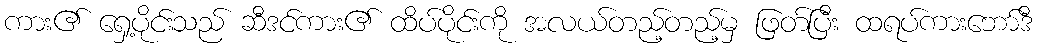
ကား၏ ရှေ့ပိုင်းသည် ဆီဒင်ကား၏ ထိပ်ပိုင်းကို အလယ်တည့်တည့်မှ ဖြတ်ပြီး ထရပ်ကားဘော်ဒီ